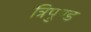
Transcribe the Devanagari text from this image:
त्रिपुण्ड